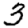
Digit: 3